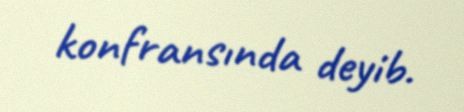
konfransında deyib.